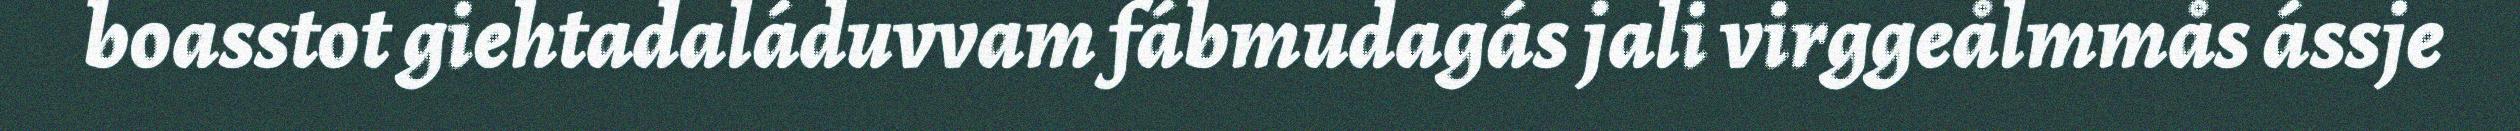
boasstot giehtadaláduvvam fábmudagás jali virggeålmmås ássje